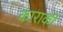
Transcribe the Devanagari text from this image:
काराकी